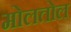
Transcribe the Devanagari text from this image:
मोलतोल